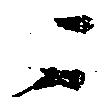
ニ